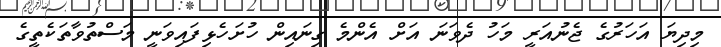
މިދިޔަ އަހަރުގެ ޖެނުއަރީ މަހު ދެވަނަ އަށް އެންމެ ގިނައިން ހުށަހެޅިފައިވަނީ މަސްތުވާތަކެތީގެ